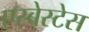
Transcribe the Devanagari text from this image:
एस्बेस्टेस